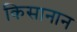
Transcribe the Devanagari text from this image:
किसानान